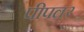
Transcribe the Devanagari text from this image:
पीपल२